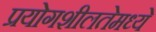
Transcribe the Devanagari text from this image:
प्रयोगशीलतेमध्ये